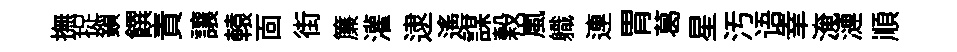
撫捉鎻饌責讓轅靣街簾灌逮遥謀榖嵐軄連胃葛星汚语𦍒淹漣順